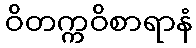
ဝိတက္ကဝိစာရာနံ